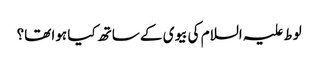
لوط علیہ السلام کی بیوی کے ساتھ کیا ہوا تھا؟